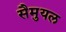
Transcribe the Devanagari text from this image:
सैमुयल